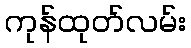
ကုန်ထုတ်လမ်း